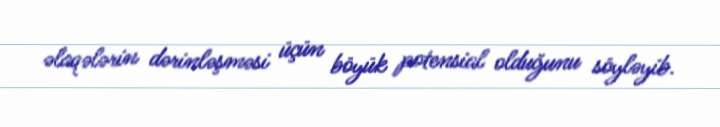
əlaqələrin dərinləşməsi üçün böyük potensial olduğunu söyləyib.